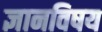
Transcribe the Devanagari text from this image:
ज्ञानविषय